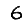
Digit: 6